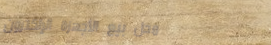
محل بيع الأجهزة الإلكترون